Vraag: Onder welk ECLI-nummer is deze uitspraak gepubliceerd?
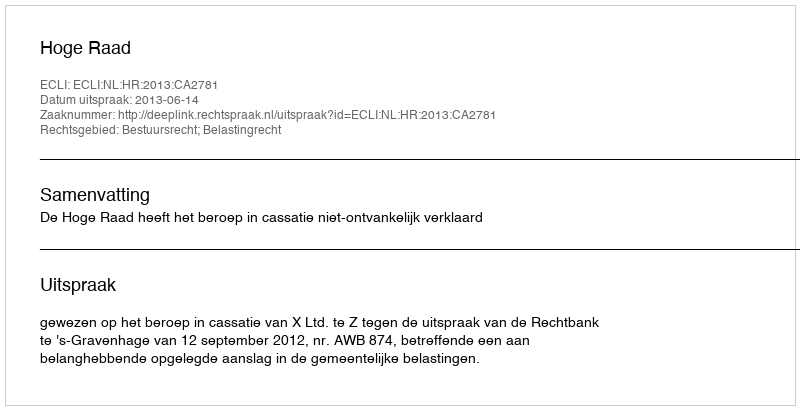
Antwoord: ECLI:NL:HR:2013:CA2781